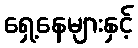
ရှေ့နေများနှင့်